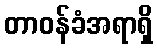
တာဝန်ခံအရာရှိ